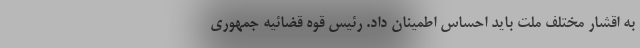
به اقشار مختلف ملت باید احساس اطمینان داد. رئیس قوه قضائیه جمهوری